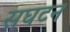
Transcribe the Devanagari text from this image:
सघटन